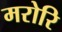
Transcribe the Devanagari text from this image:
मरोरि